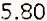
5.80